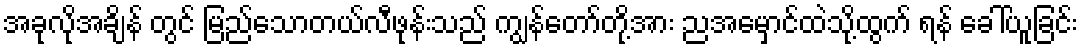
အခုလိုအချိန် တွင် မြည်သောတယ်လီဖုန်းသည် ကျွန်တော်တို့အား ညအမှောင်ထဲသို့ထွက် ရန် ခေါ်ယူခြင်း